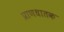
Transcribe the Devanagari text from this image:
प्राणधातक